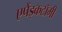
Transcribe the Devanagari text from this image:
एपेंड्कटॉमी